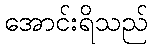
အောင်းရိသည်